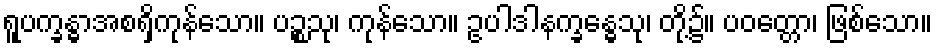
ရူပက္ခန္ဓာအစရှိကုန်သော။ ပဉ္စသု၊ ကုန်သော။ ဥပါဒါနက္ခန္ဓေသု၊ တို့၌။ ပဝတ္တော၊ ဖြစ်သော။